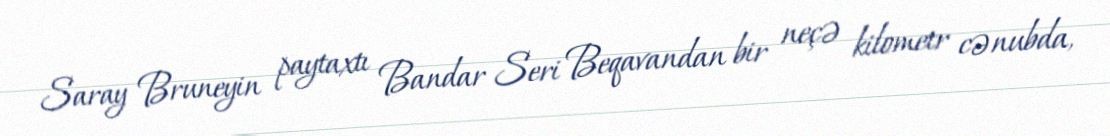
Saray Bruneyin paytaxtı Bandar Seri Beqavandan bir neçə kilometr cənubda,